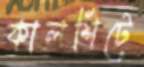
কালশিটে